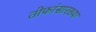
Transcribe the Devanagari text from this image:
तोफांसारख्या